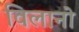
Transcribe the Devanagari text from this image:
विलानो